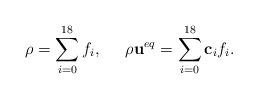
LaTeX: \begin{align*}\rho = \sum\limits_{i = 0}^{18} {{f_i}} ,\;\;\;\;\;\rho {{\bf{u}}^{eq}} = \sum\limits_{i = 0}^{18} {{{\bf{c}}_i}{f_i}} .\end{align*}